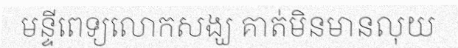
មន្ទីពេទ្យលោកសង្ឃ គាត់មិនមានលុយ